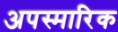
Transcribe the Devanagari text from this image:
अपस्मारिक